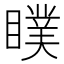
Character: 瞨